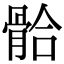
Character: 𩩂